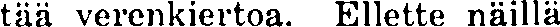
tää verenkiertoa. Ellette näillä